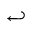
\hookleftarrow